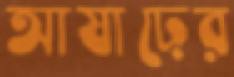
আষাঢ়ের